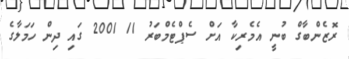
ރޮޒެންބާގް ބުނީ އެމެރިކާ އަށް ސެޕްޓެމްބަރު 11 2001 ގައި ދިން ހަމަލާގެ